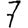
Digit: 7